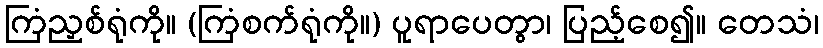
ကြံညှစ်ရုံကို။ (ကြံစက်ရုံကို။) ပူရာပေတွာ၊ ပြည့်စေ၍။ တေသံ၊